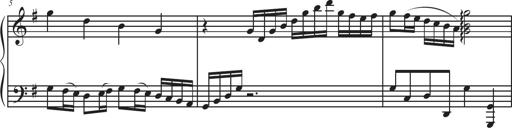
Title: Sonatina Espania
Composer: Jerald Franklin Archer
Key: Various